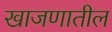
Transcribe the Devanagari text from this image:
खाजणातील